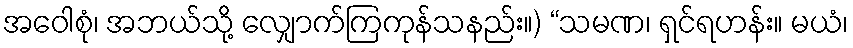
အဝေါစုံ၊ အဘယ်သို့ လျှောက်ကြကုန်သနည်း။) “သမဏ၊ ရှင်ရဟန်း။ မယံ၊